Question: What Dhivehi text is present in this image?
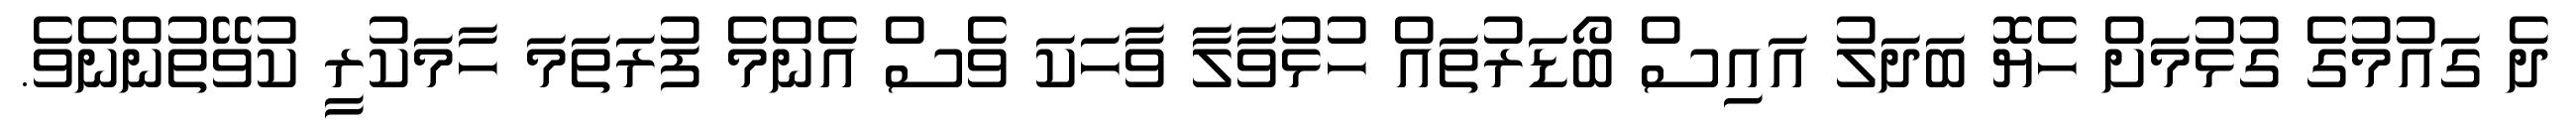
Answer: ދެ ގައުމުގެ ގުޅުމަށް ހެޔޮ ބަދަލު އައިސް ބޯޑަރުތައް ހުޅުވާލާ ވާހަކަ ވެސް އެންމެ ފުރަތަމަ ހާމަކުރީ ކުވޭތުންނެވެ.